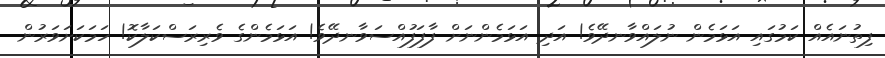
ފިތުނައެއް ކަމުގައި އަޅަމެން ނުލައްވާނދޭވެ! އަދި އަޅަމެންނަށް ފާފަފުއްސަވާނދޭވެ! އަޅަމެންގެ ވެރިރަސްކަލާކޮ! ހަމަކަށަވަރުން